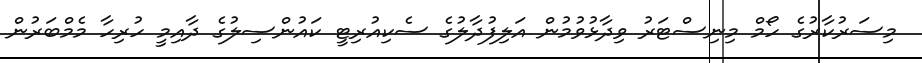
މިސަރުކާރުގެ ހޯމް މިނިސްޓަރު ވިދާޅުވުމުން އަލިފުދާލުގެ ސެކިއުރިޓީ ކައުންސިލުގެ ދާއިމީ ހުރިހާ މެމްބަރުން